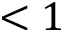
< 1